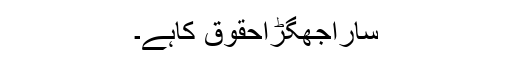
ساراجھگڑاحقوق کاہے۔